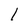
Character: l